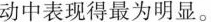
动中表现得最为明显。